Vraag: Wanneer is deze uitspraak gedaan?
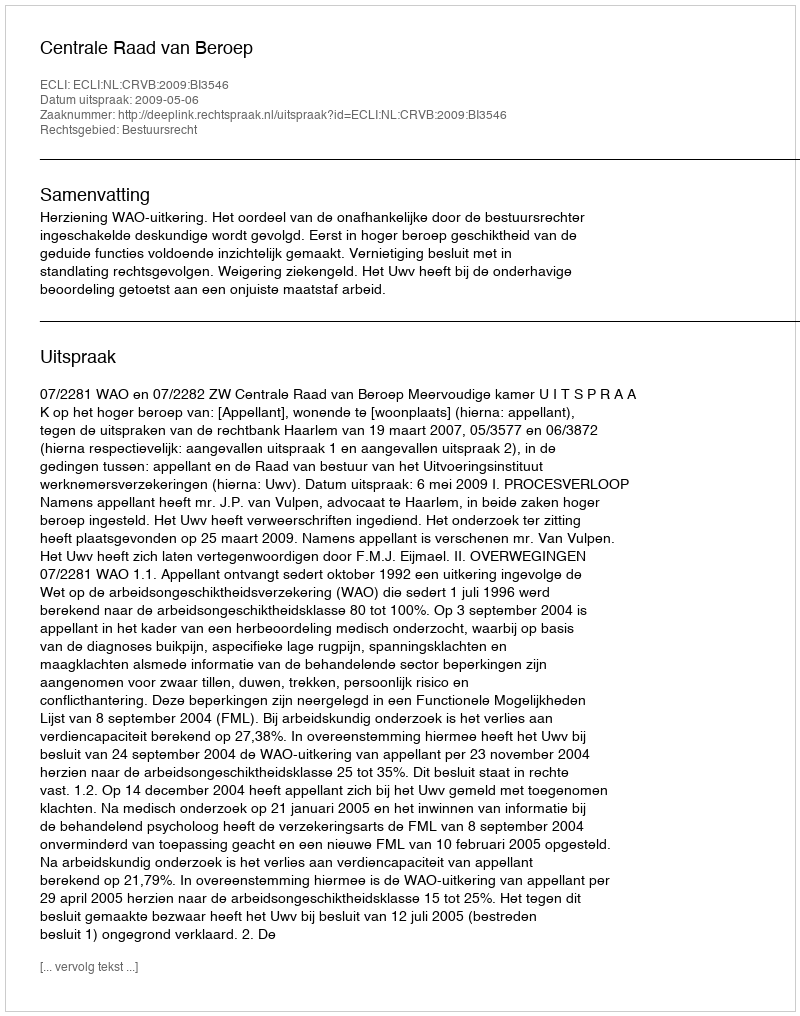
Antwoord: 2009-05-06